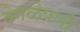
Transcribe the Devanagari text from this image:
वेगळेपणी